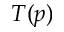
T ( p )